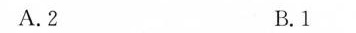
A.2 B.1